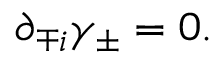
\partial _ { \mp i } \gamma _ { \pm } = 0 .